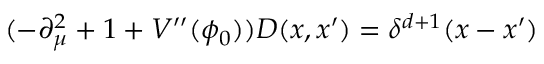
( - \partial _ { \mu } ^ { 2 } + 1 + V ^ { \prime \prime } ( \phi _ { 0 } ) ) D ( x , x ^ { \prime } ) = \delta ^ { d + 1 } ( x - x ^ { \prime } )